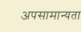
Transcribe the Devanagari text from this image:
अपसामान्यता